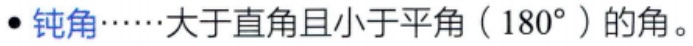
- 钝角……大于直角且小于平角（\(180^{\circ}\)）的角。